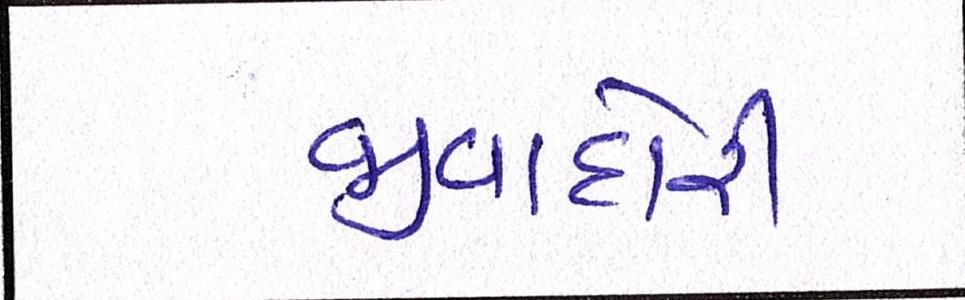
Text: જીવાદોરી